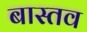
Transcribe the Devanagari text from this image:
बास्तव